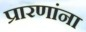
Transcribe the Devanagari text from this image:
प्रारणांना